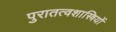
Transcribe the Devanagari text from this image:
पुरातत्‍वशास्त्रियों